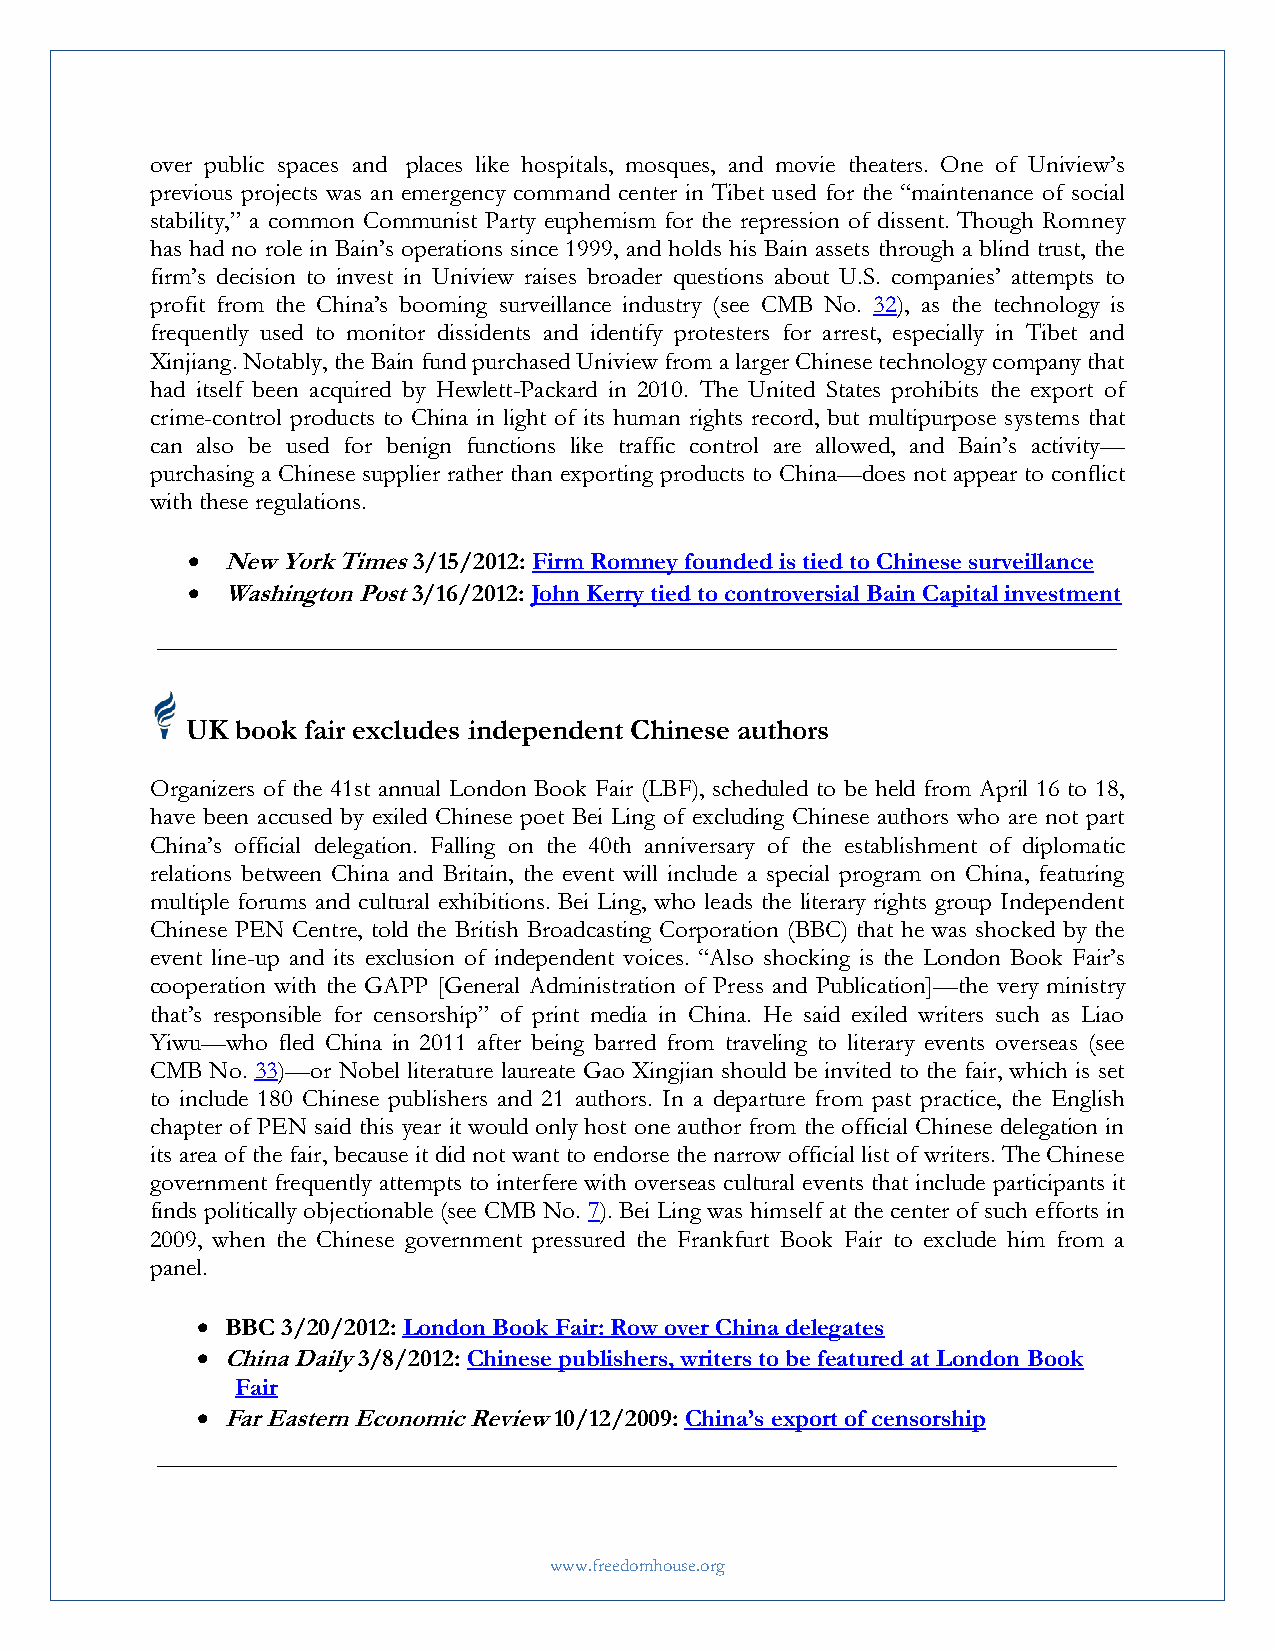
over public spaces and places like hospitals, mosques, and movie theaters. One of Uniview’s
 previous projects was an emergency command center in Tibet used for the “maintenance of social
 stability,” a common Communist Party euphemism for the repression of dissent. Though Romney
 has had no role in Bain’s operations since 1999, and holds his Bain assets through a blind trust, the
 firm’s decision to invest in Uniview raises broader questions about U.S. companies’ attempts to
 profit from the China’s booming surveillance industry (see CMB No. 32), as the technology is
 frequently used to monitor dissidents and identify protesters for arrest, especially in Tibet and
 Xinjiang. Notably, the Bain fund purchased Uniview from a larger Chinese technology company that
 had itself been acquired by Hewlett-Packard in 2010. The United States prohibits the export of
 crime-control products to China in light of its human rights record, but multipurpose systems that
 can also be used for benign functions like traffic control are allowed, and Bain’s activity—
 purchasing a Chinese supplier rather than exporting products to China—does not appear to conflict
 with these regulations.
   New York Times 3/15/2012: Firm Romney founded is tied to Chinese surveillance
   Washington Post 3/16/2012: John Kerry tied to controversial Bain Capital investment
 UK  book fair excludes independent Chinese authors
 Organizers of the 41st annual London Book Fair (LBF), scheduled to be held from April 16 to 18,
 have been accused by exiled Chinese poet Bei Ling of excluding Chinese authors who are not part
 China’s official delegation. Falling on the 40th anniversary of the establishment of diplomatic
 relations between China and Britain, the event will include a special program on China, featuring
 multiple forums and cultural exhibitions. Bei Ling, who leads the literary rights group Independent
 Chinese PEN Centre, told the British Broadcasting Corporation (BBC) that he was shocked by the
 event line-up and its exclusion of independent voices. “Also shocking is the London Book Fair’s
 cooperation with the GAPP [General Administration of Press and Publication]—the very ministry
 that’s responsible for censorship” of print media in China. He said exiled writers such as Liao
 Yiwu—who fled China in 2011 after being barred from traveling to literary events overseas (see
 CMB No. 33)—or Nobel literature laureate Gao Xingjian should be invited to the fair, which is set
 to include 180 Chinese publishers and 21 authors. In a departure from past practice, the English
 chapter of PEN said this year it would only host one author from the official Chinese delegation in
 its area of the fair, because it did not want to endorse the narrow official list of writers. The Chinese
 government frequently attempts to interfere with overseas cultural events that include participants it
 finds politically objectionable (see CMB No. 7). Bei Ling was himself at the center of such efforts in
 2009, when the Chinese government pressured the Frankfurt Book Fair to exclude him from a
 panel.
  BBC 3/20/2012: London Book Fair: Row over China delegates
  China Daily 3/8/2012: Chinese publishers, writers to be featured at London Book
 Fair
  Far Eastern Economic Review 10/12/2009: China’s export of censorship
 www.freedomhouse.org